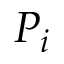
P _ { i }